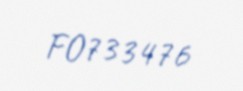
FO733476